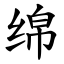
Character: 绵